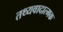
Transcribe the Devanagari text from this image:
तथ्यवादात्मक